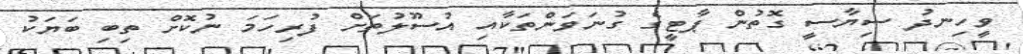
ވީހިނދު ސިޔާސީ ގޮތުން ޕާޓީގެ ގުނަވަންތަކާއި އުސޫލުތަށް ފުރިހަމަ ނުކޮށް ތިބި ބަޔަކު